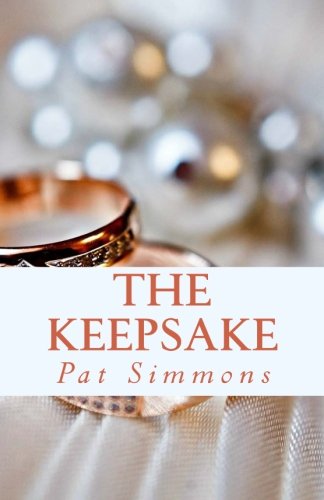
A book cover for The Keepsake (Love at The Crossroads) (Volume 3); Pat Simmons; Literature & Fiction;